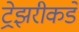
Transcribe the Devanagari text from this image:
ट्रेझरीकडे